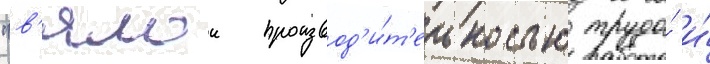
"в'ялои производ'и́т'ельностью труда́ и́